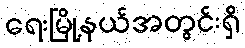
ရေးမြို့နယ်အတွင်းရှိ